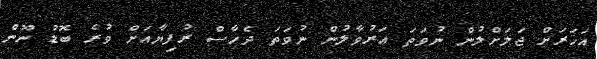
އަހަރަށް ޖަލަށްލުން ނުވަތަ އަރުވާލުން ނުވަތަ ދެހާސް ރުފިޔާއަށް ވުރެ ބޮޑު ނޫން